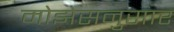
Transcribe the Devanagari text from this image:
मोझेसनुसार